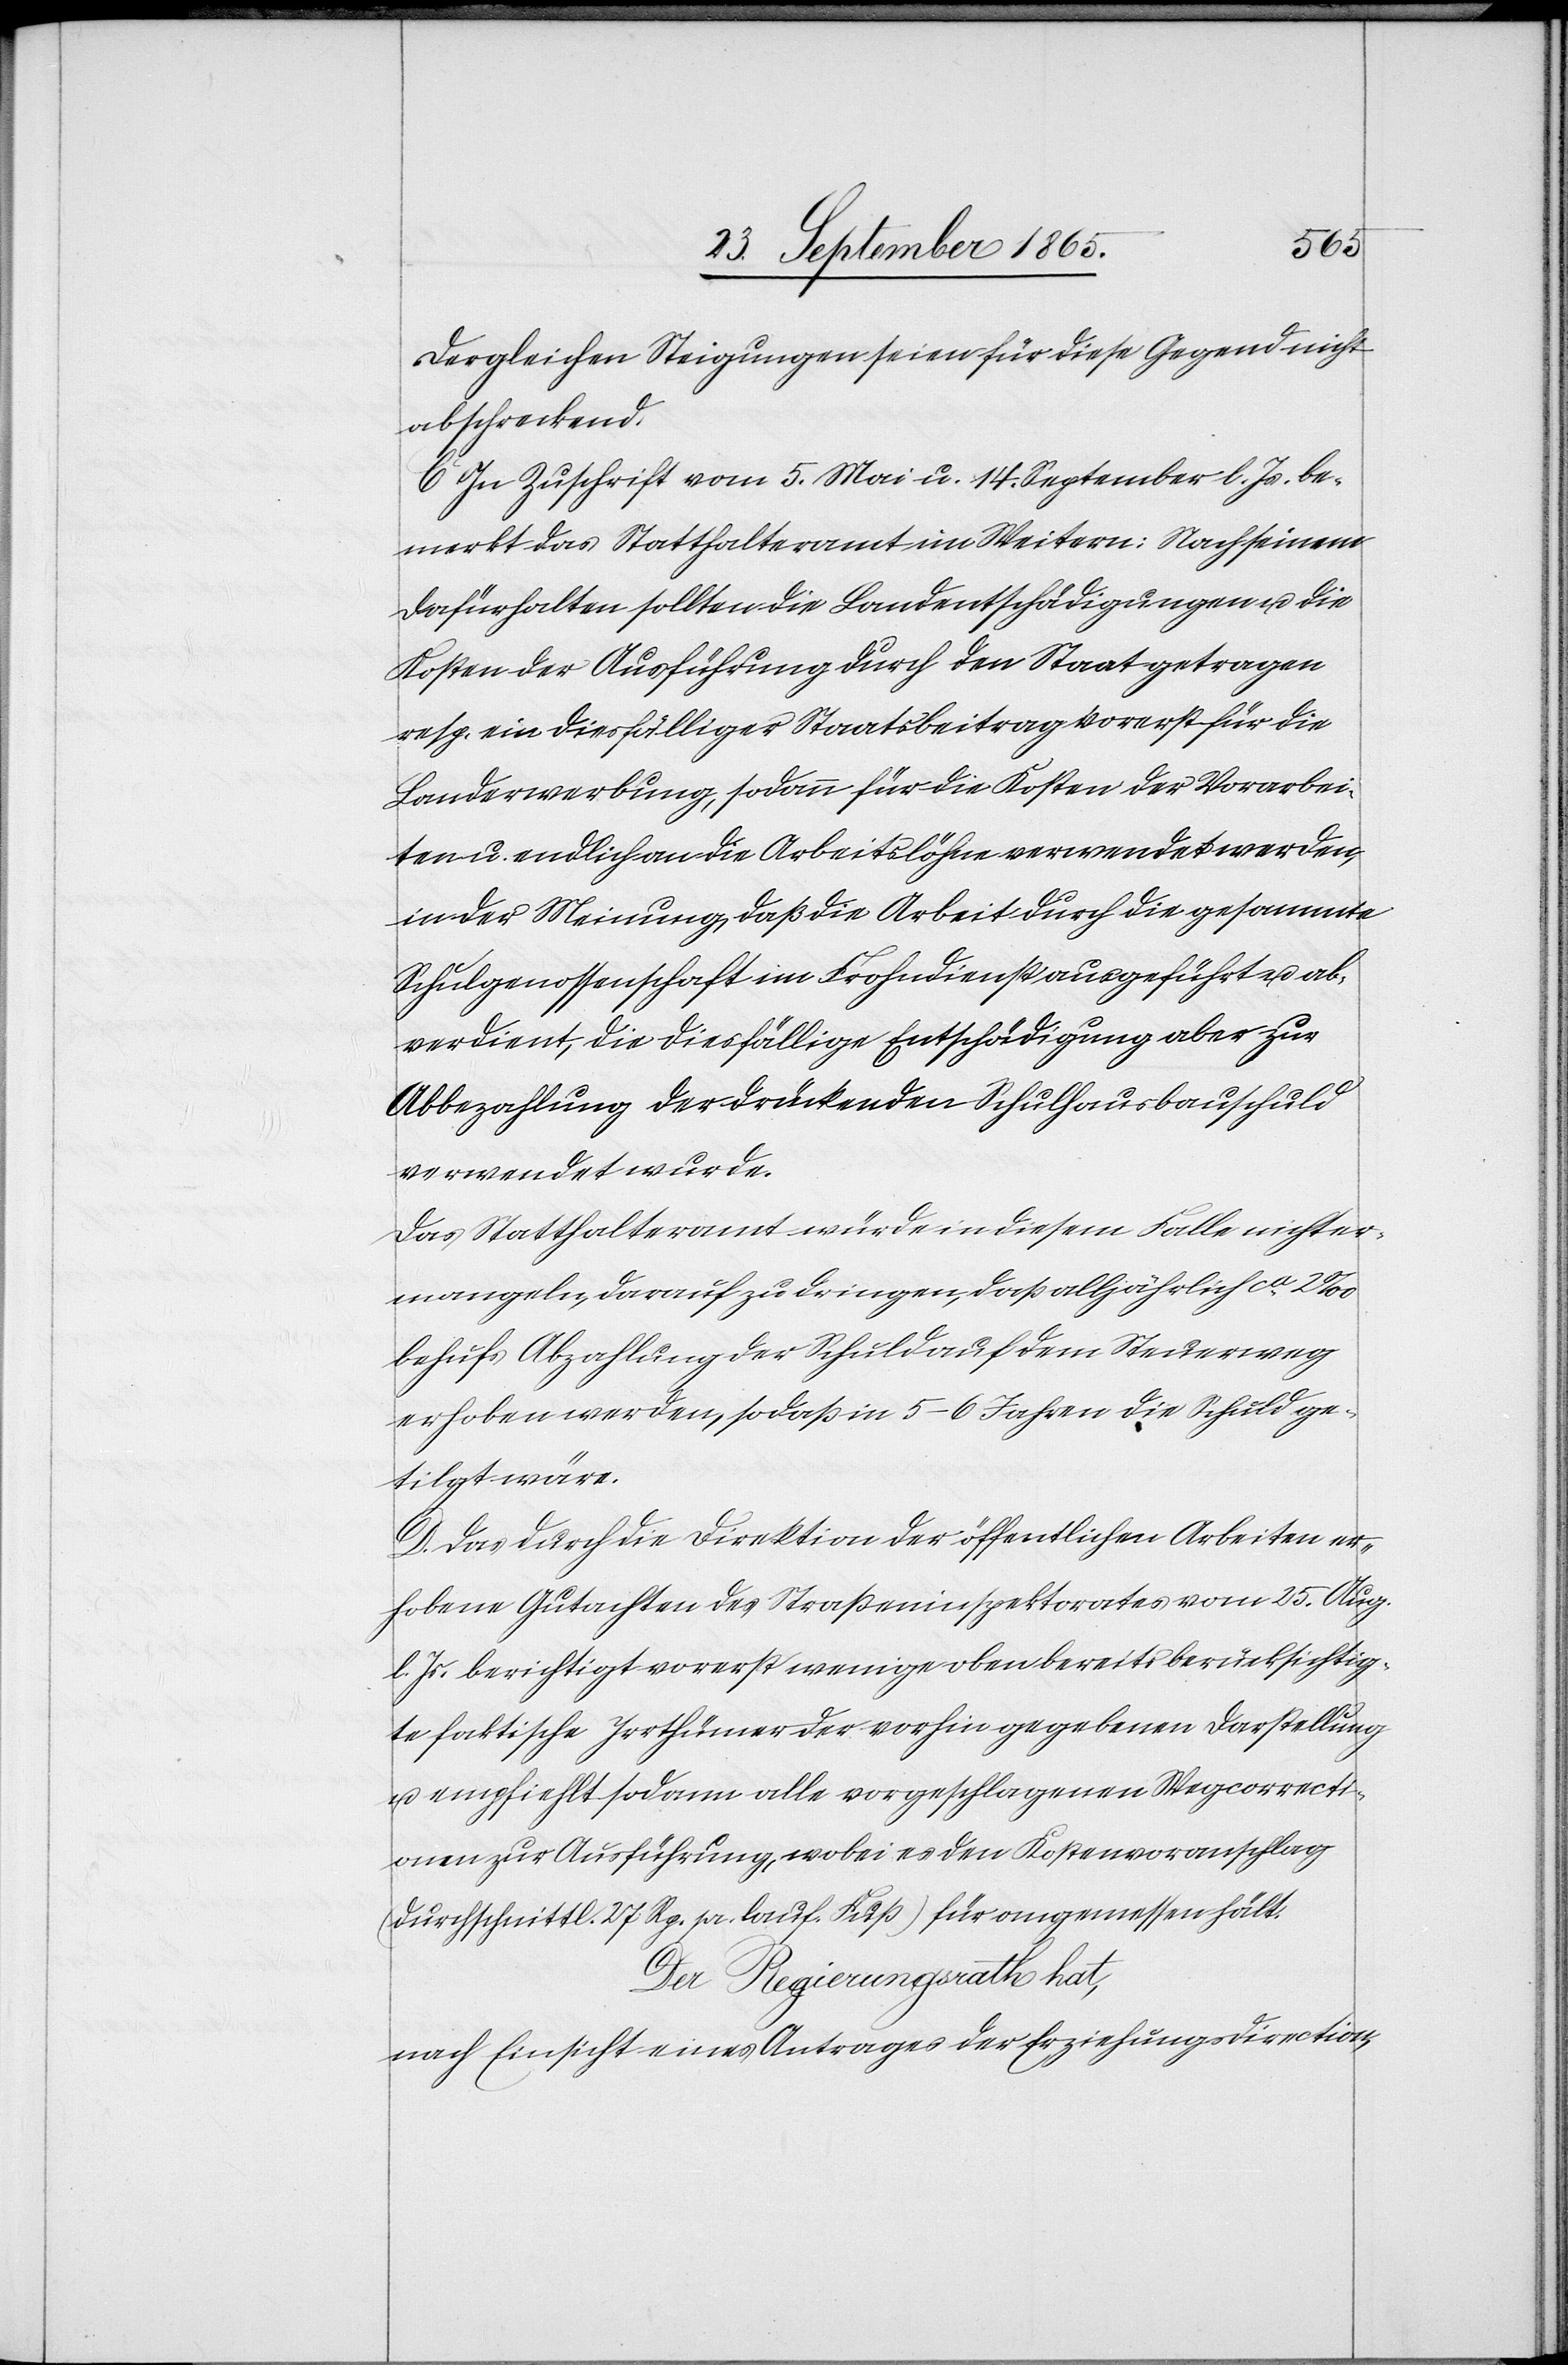
Dergleichen Steigungen seien für diese Gegend nicht
abschreckend.
C. In Zuschrift vom 5. Mai u. 14. September l. Js. be¬
merkt das Statthalteramt im Weitern: Nach seinem
Dafürhalten sollten die Landentschädigungen u. die
Kosten der Ausführung durch den Staat getragen
resp. ein diesfälliger Staatsbeitrag vorerst für die
Landerwerbung, sodann für die Kosten der Vorarbei¬
ten u. endlich an die Arbeitslöhne verwendet werden,
in der Meinung, daß die Arbeit durch die gesammte
Schulgenossenschaft im Frohndienst ausgeführt u. ab¬
verdient, die diesfällige Entschädigung aber zur
Abbezahlung der drückenden Schulhausbauschuld
verwendet wurde.
Das Statthalteramt würde in diesem Falle nicht er¬
mangeln, darauf zu dringen, daß alljährlich ca 2‰
behufs Abzahlung der Schuld auf dem Steuerweg
erhoben werden, so daß in 5–6 Jahren die Schuld ge¬
tilgt wäre.
D. Das durch die Direktion der öffentlichen Arbeiten er¬
hobene Gutachten des Straßeninspektorates vom 25. Aug.
l. Js. berichtigt vorerst weniger oben bereits berücksichtig¬
te faktische Irrthümer der vorhin gegebenen Darstellung
u. empfiehlt sodann alle vorgeschlagenen Wegcorrecti¬
onen zur Ausführung, wobei es den Kostenvoranschlag
(durchschnittl. 27 Rp. pr. lauf. Fuß) für angemessen hält.
Der Regierungsrath hat,
nach Einsicht eines Antrages der Erziehungsdireciton,